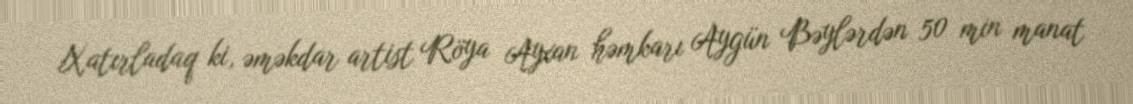
Xatırladaq ki, əməkdar artist Röya Ayxan həmkarı Aygün Bəylərdən 50 min manat